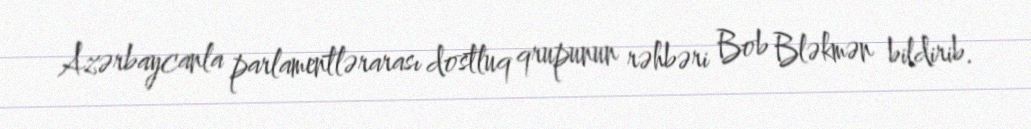
Azərbaycanla parlamentlərarası dostluq qrupunun rəhbəri Bob Bləkmən bildirib.